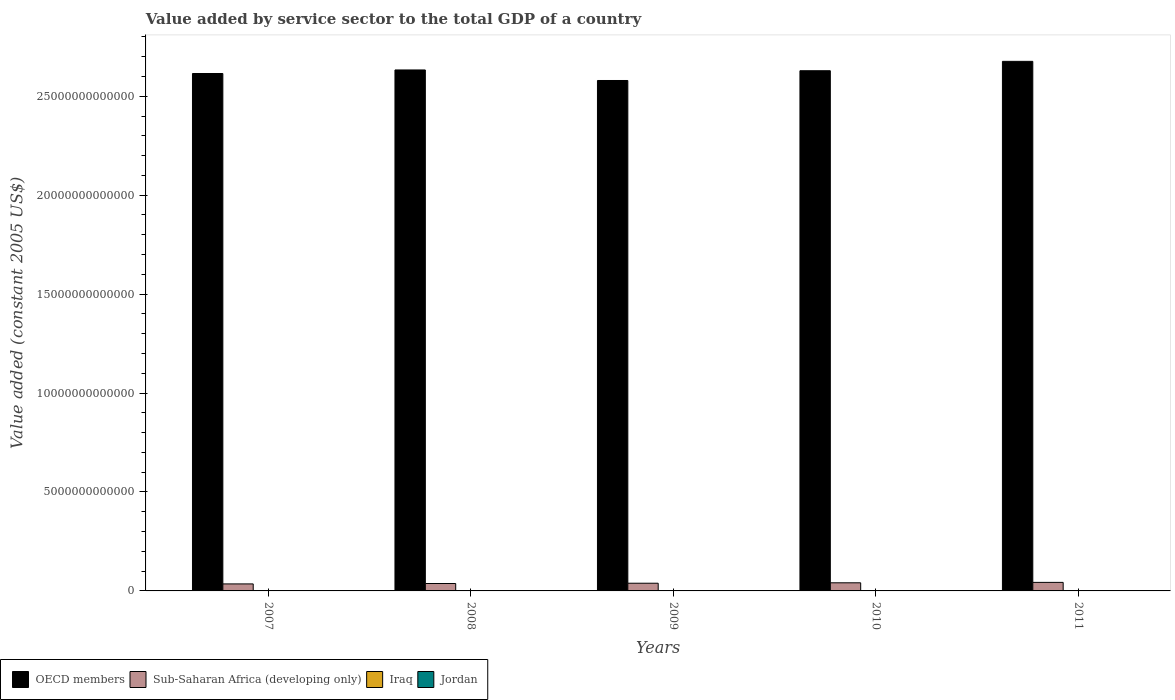
| Years | OECD members | Sub-Saharan Africa (developing only) | Iraq | Jordan |
 | --- | --- | --- | --- | --- |
 | 2007 | 2.62e+13 | 3.54e+11 | 1.57e+10 | 8.76e+09 |
 | 2008 | 2.63e+13 | 3.75e+11 | 1.64e+10 | 9.28e+09 |
 | 2009 | 2.58e+13 | 3.89e+11 | 1.71e+10 | 9.49e+09 |
 | 2010 | 2.63e+13 | 4.11e+11 | 1.85e+10 | 9.9e+09 |
 | 2011 | 2.68e+13 | 4.32e+11 | 1.98e+10 | 1.02e+10 |